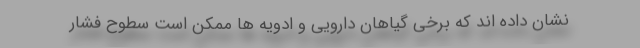
نشان داده اند که برخی گیاهان دارویی و ادویه ها ممکن است سطوح فشار